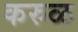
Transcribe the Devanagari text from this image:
करुळ